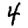
Digit: 4